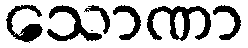
သောဏာ